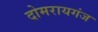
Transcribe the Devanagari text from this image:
दोमरायगंज